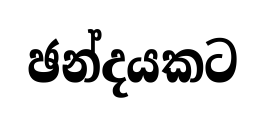
ඡන්දයකට